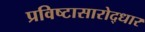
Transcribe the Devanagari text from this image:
प्रविष्टासारोद्धार